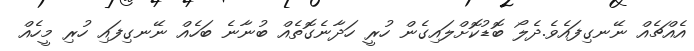
އެއްޗެއް ނޭނގިފައެވެ.ދެލޯ ބޮޑުކޮށްލައިގެން ހުރީ ހަދާނެގޮތެއް ބުނާނެ ބަހެއް ނޭނގިފައި ހުރި މީހެއް